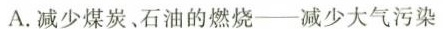
A.减少煤炭、石油的燃烧——减少大气污染